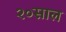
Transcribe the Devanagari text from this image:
२०साल